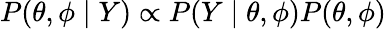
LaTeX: P(\theta,\phi\mid Y)\propto P(Y\mid\theta,\phi)P(\theta,\phi)